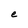
Character: e